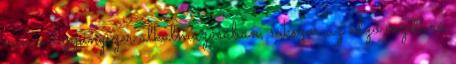
van a doppingszer alkalmazásában, sokszor az edző vezeti rá